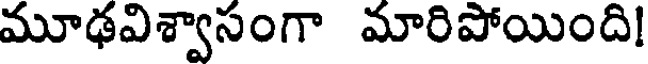
మూఢవిశ్వాసంగా మారిపోయింది!